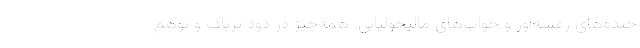
خنده‌های رعشه‌آور و خواب‌های مالیخولیایی. همه‌چیز در دود تریاک و توهم